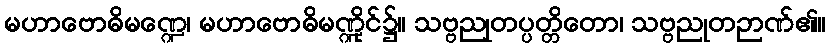
မဟာဗောဓိမဏ္ဍေ၊ မဟာဗောဓိမဏ္ဍိုင်၌။ သဗ္ဗညုတပ္ပတ္တိတော၊ သဗ္ဗညုတဉာဏ်၏။